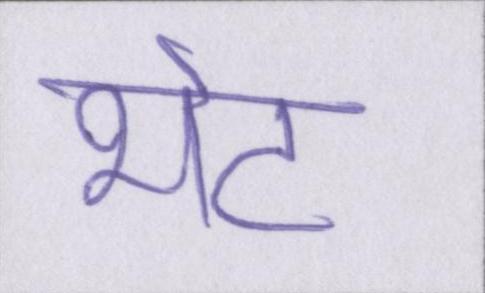
भेट